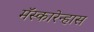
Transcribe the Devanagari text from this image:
मॅस्कारेन्हास